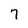
Character: 7